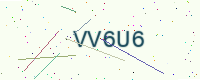
Text: VV6U6